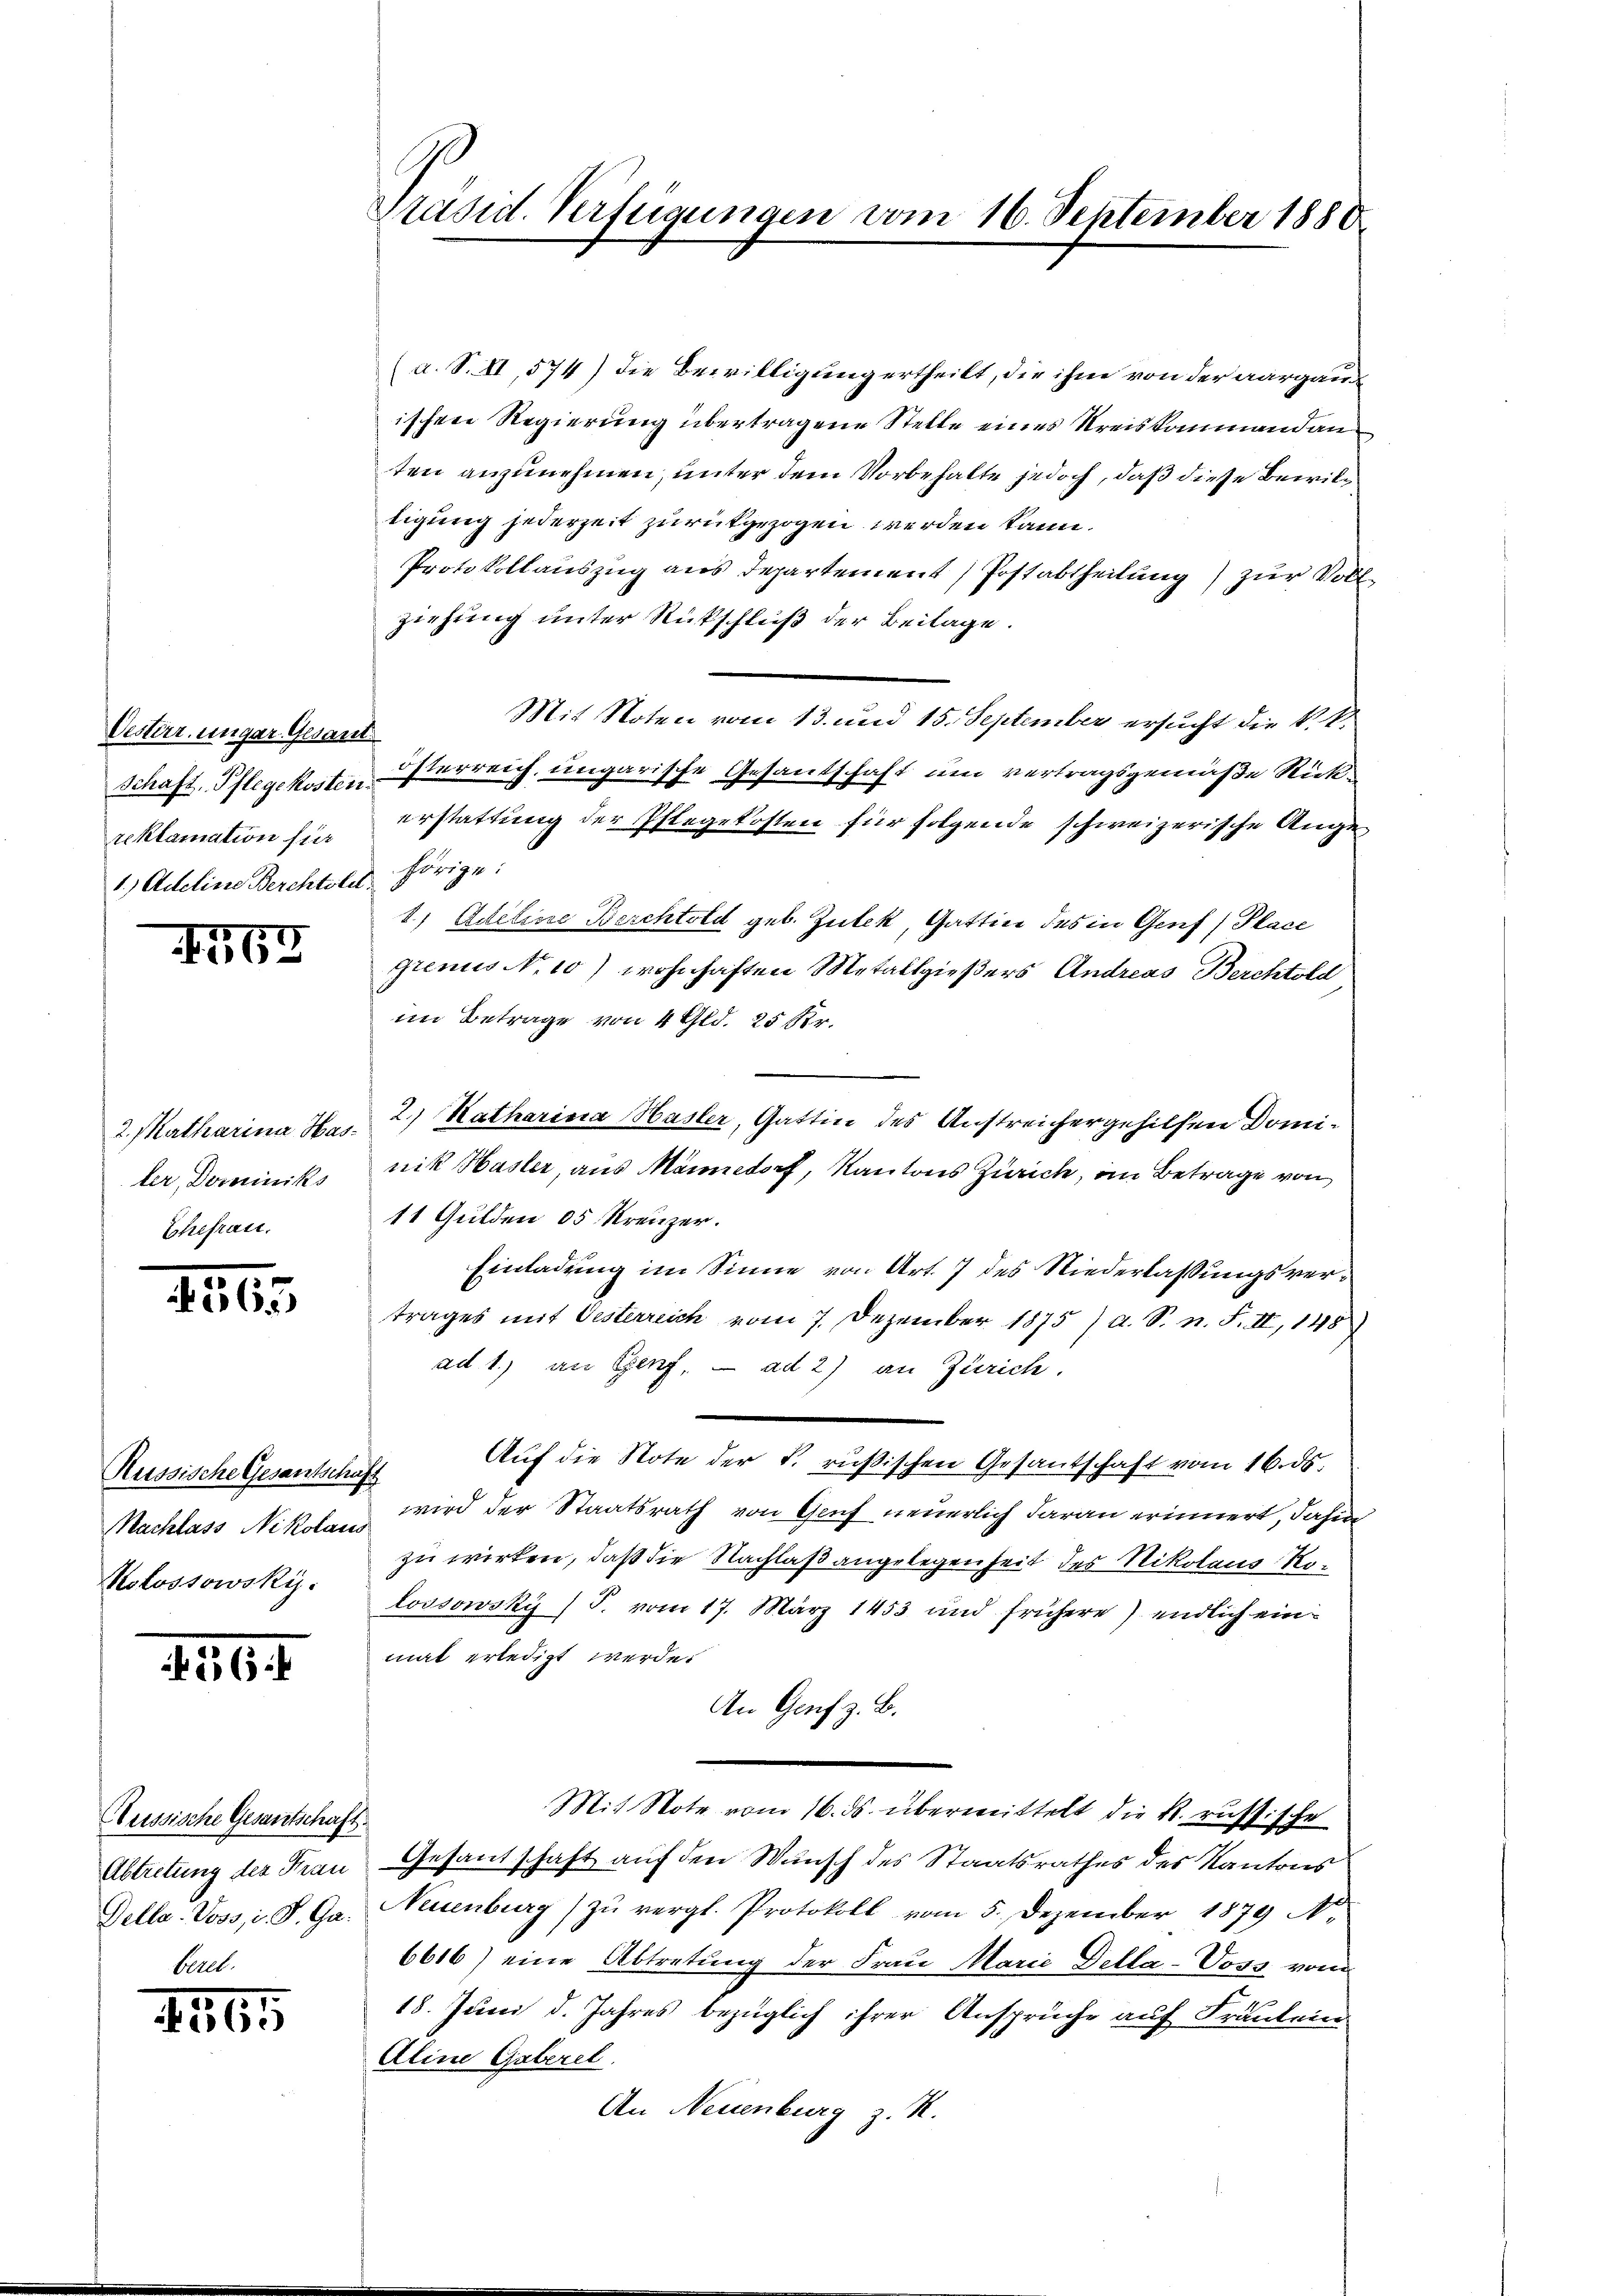
Oesterr. ungar. Gesan
reklamation für
1.) Adeline Berchtold

4569

2. Matharina Hasler, Dominiks
Ehefrau.

1565

Russische Gesantschaft
Nachlass Nikolaus
Molossowski.

150. 4

Aussische Gesantschaft.
Della. Voss, i. S. Ga
Ill

2565

Präsid. Verfügungen vom 16. September 1880

(a. S. II, 574) die Bewilligung ertheilt, die ihm von der aargau
ischen Regierung übertragene Stelle eines Kreiskommandanten anzunehmen, unter dem Vorbehalte jedoch, daß diese Bewiltigung jederzeit zurückgezogen werden kann.
Protokollauszug aus Departement) Postabtheilung) zur Vollziehung unter Rückschluß der Beilage.
Mit Noten vom 13. und 15. September ersucht die k.k.
.
Schaft, Pflegekosten Osterreich, ungarische Gesandschaft um vertragsgemäße Rückerstattung der Pflegekosten für folgende schweizerische Angehörige.
8) Artetene Berchtold geb. Zutek, Gattin des in Genf, Place
grenus N. 10) wohnhaften Metallgießers Andreas Berchtold
im Betrage von 4 Gld. 25 Sr.
2) Katharina Hasler, Gattin des Anstreichergehilfen Dominik Hasler, aus Männedorf, Kantons Zürich, im Betrage von
11 Gulden 05 Kreuzer.
Einladung im Sinne von Art. 7 des Niederlassungsvertrages mit Oesterreich vom 7. Dezember 1875 / a. S. n. F. II, 148)
ad 1.) an Genf, — ad 2) an Zürich.
Auf die Note der k. rußischen Gesandschaft vom 16. ds.
wird der Staatsrath von Genf neuerlich daran erinnert, dahin
zu wirken, daß die Nachlaß angelegenheit des Nikolaus Nolossowsky (T. vom 17. März 1453 und frühere) endlich einmat erledigt werde.
An Genf z. B.
Mit Note vom 16. ds. übermittelt die k. russische
Abtretung des Frau Gesandschaft auf den Wunsch des Staatsrathes des Kantons
Neuenburg zŭ vergl. Protokoll vom 5. Dezember 1879 A.
6616) eine Abtretung der Frau Marie Della-Votz, von
18. Juni d. Jahres bezüglich ihrer Ansprüche auf Fräulein
Aline Gaberel
An Neuenburg z. R.